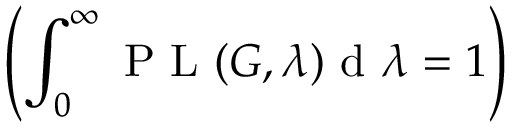
\left( \int _ { 0 } ^ { \infty } \mathrm { ~ P ~ L ~ } ( G , \lambda ) \mathrm { ~ d ~ } \lambda = 1 \right)